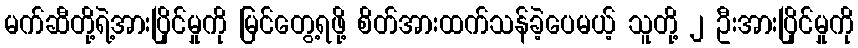
မက်ဆီတို့ရဲ့အားပြိုင်မှုကို မြင်တွေ့ရဖို့ စိတ်အားထက်သန်ခဲ့ပေမယ့် သူတို့ ၂ ဦးအားပြိုင်မှုကို